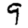
Digit: 9